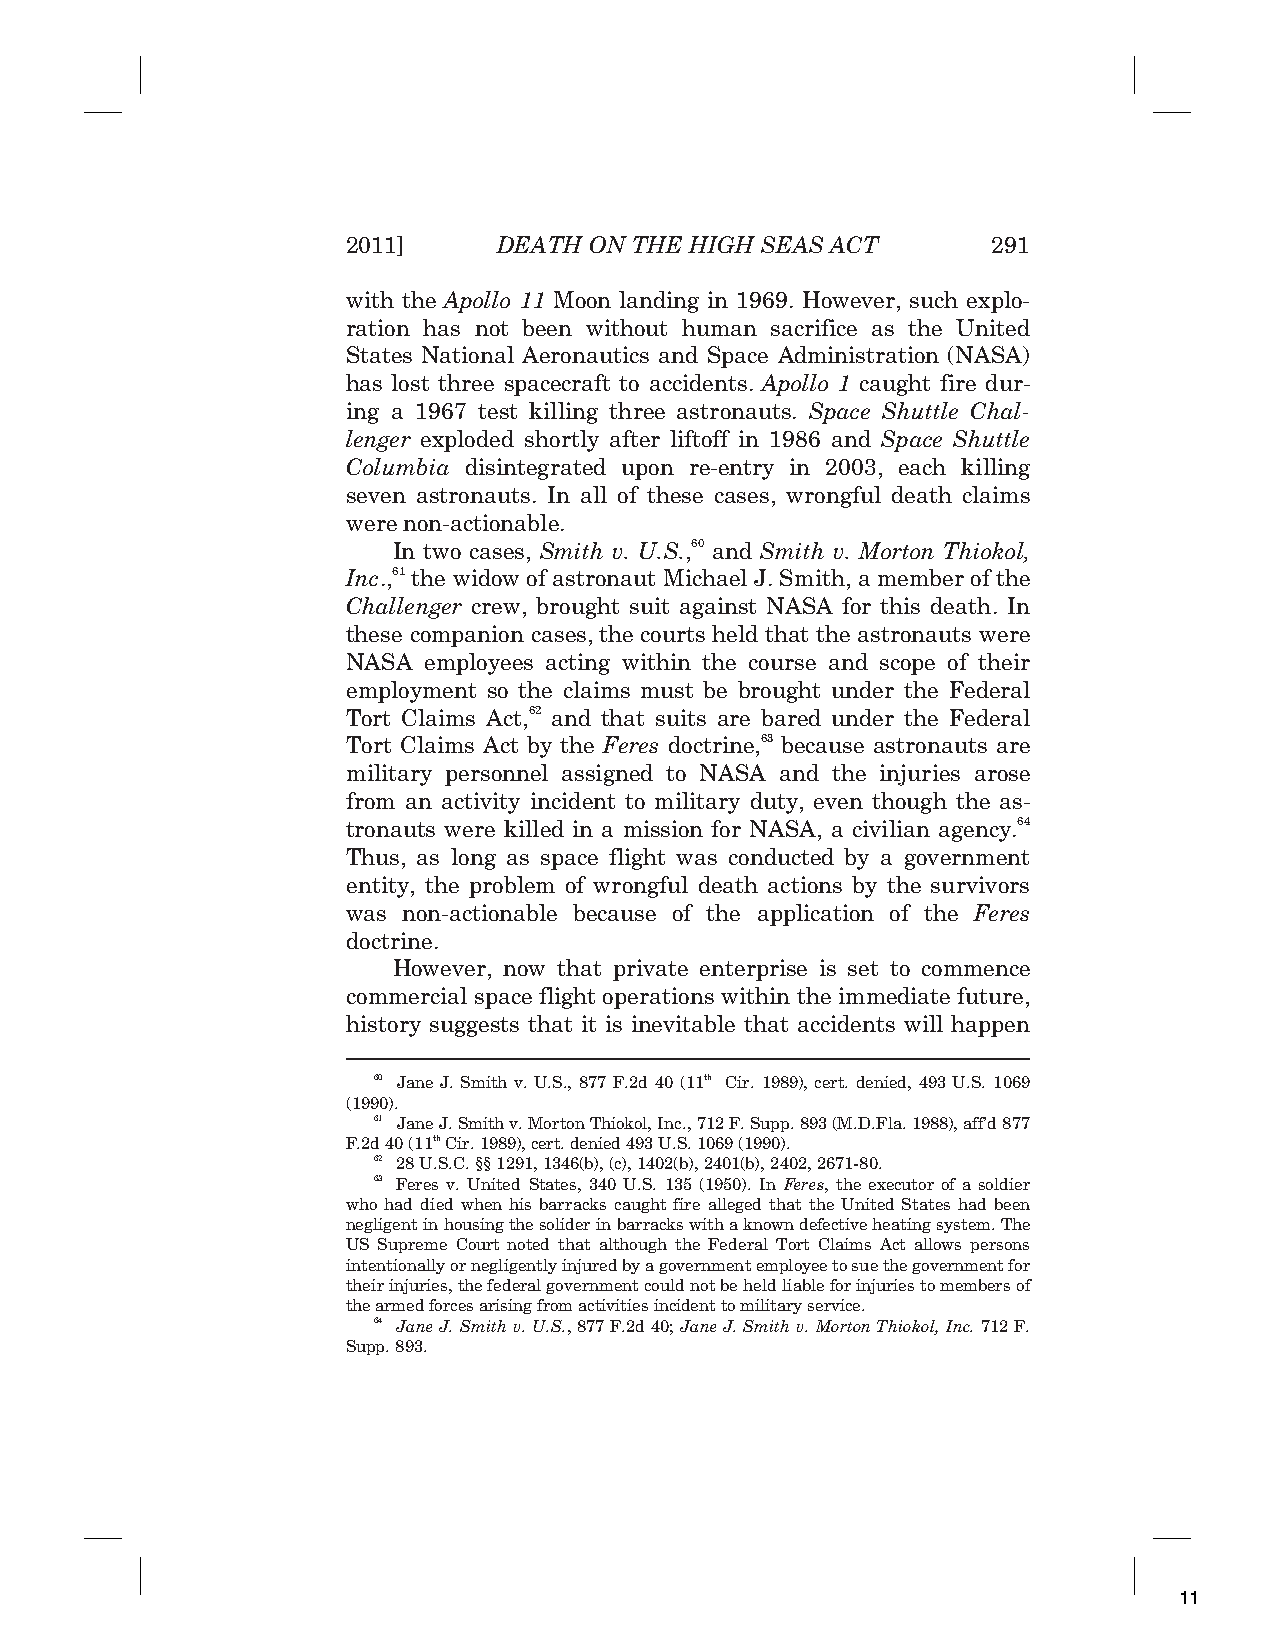
2011]     DEATH ON THE HIGH SEAS ACT       291
 with the Apollo 11 Moon landing in 1969. However, such explo-
 ration has not been without human sacrifice as the United
 States National Aeronautics and Space Administration (NASA)
 has lost three spacecraft to accidents. Apollo 1 caught fire dur-
 ing a 1967 test killing three astronauts. Space Shuttle Chal-
 lenger exploded shortly after liftoff in 1986 and Space Shuttle
 Columbia disintegrated upon re-entry in 2003, each killing
 seven astronauts. In all of these cases, wrongful death claims
 were non-actionable.
 In two cases, Smith v. U.S.,60 and Smith v. Morton Thiokol,
 Inc.,61 the widow of astronaut Michael J. Smith, a member of the
 Challenger crew, brought suit against NASA for this death. In
 these companion cases, the courts held that the astronauts were
 NASA employees acting within the course and scope of their
 employment so the claims must be brought under the Federal
 Tort Claims Act,62 and that suits are bared under the Federal
 Tort Claims Act by the Feres doctrine,63 because astronauts are
 military personnel assigned to NASA and the injuries arose
 from an activity incident to military duty, even though the as-
 tronauts were killed in a mission for NASA, a civilian agency.64
 Thus, as long as space flight was conducted by a government
 entity, the problem of wrongful death actions by the survivors
 was non-actionable because of the application of the Feres
 doctrine.
 However, now that private enterprise is set to commence
 commercial space flight operations within the immediate future,
 history suggests that it is inevitable that accidents will happen
 60 Jane J. Smith v. U.S., 877 F.2d 40 (11th Cir. 1989), cert. denied, 493 U.S. 1069
 (1990).
 61 Jane J. Smith v. Morton Thiokol, Inc., 712 F. Supp. 893 (M.D.Fla. 1988), aff’d 877
 F.2d 40 (11th Cir. 1989), cert. denied 493 U.S. 1069 (1990).
 62 28 U.S.C. §§ 1291, 1346(b), (c), 1402(b), 2401(b), 2402, 2671-80.
 63 Feres v. United States, 340 U.S. 135 (1950). In Feres, the executor of a soldier
 who had died when his barracks caught fire alleged that the United States had been
 negligent in housing the solider in barracks with a known defective heating system. The
 US Supreme Court noted that although the Federal Tort Claims Act allows persons
 intentionally or negligently injured by a government employee to sue the government for
 their injuries, the federal government could not be held liable for injuries to members of
 the armed forces arising from activities incident to military service.
 64 Jane J. Smith v. U.S., 877 F.2d 40; Jane J. Smith v. Morton Thiokol, Inc. 712 F.
 Supp. 893.
 11